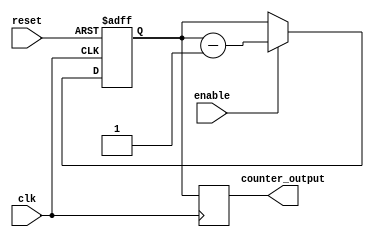
module timing_control_and_sync (
    input wire clk,
    input wire enable,
    input wire reset,
    output reg [7:0] counter_output
);

reg [7:0] down_counter;

always @(posedge clk or posedge reset) begin
    if (reset) begin
        down_counter <= 8'hFF;
    end else if (enable) begin
        down_counter <= down_counter - 1;
    end
end

always @(posedge clk) begin
    counter_output <= down_counter;
end

endmodule